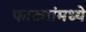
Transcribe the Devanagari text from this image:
फाट्यांमध्ये